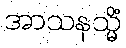
အာသနသ္မိံ